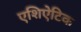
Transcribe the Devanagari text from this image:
एशिऐटिक